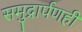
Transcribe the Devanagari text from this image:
समुद्रार्पणही